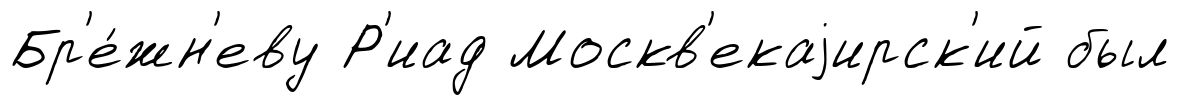
Бр'е́жн'еву Р'иад Москв'екаjирск'ий был